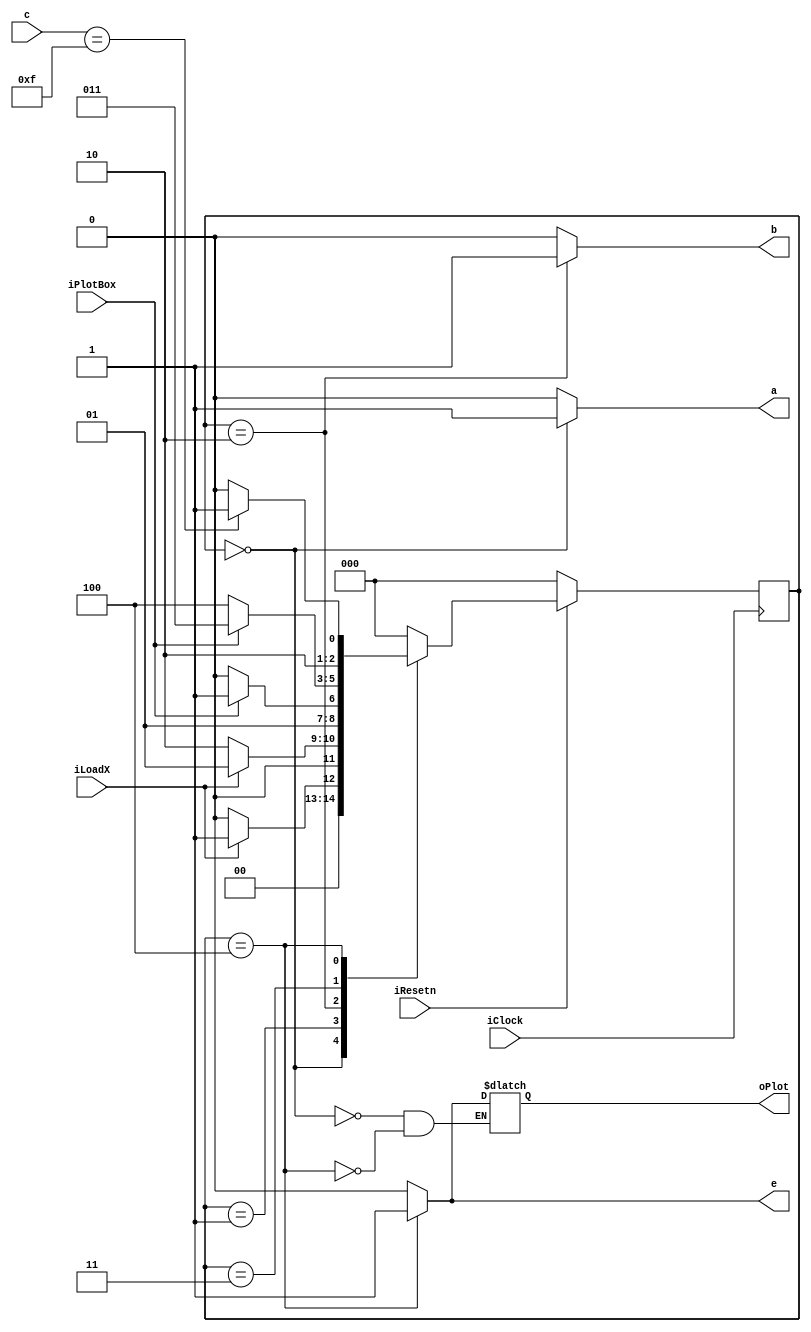

module module_control (iResetn, iClock, iLoadX, iPlotBox, c, a, b, e, oPlot);
	input iResetn;
    input iClock;
    input iLoadX;
    input iPlotBox;
	input [3:0] c;
	reg [2:0] current_state, next_state;
	output reg a, b, e, oPlot;

	localparam S_L_X = 3'd0,
				  S_L_X_W = 3'd1,
				  S_L_Y = 3'd2,
				  S_L_Y_W = 3'd3,
				  S_D = 3'd4,
				  S_D_W = 3'd5;
				  
	always@(posedge iClock)
	begin
		if(!iResetn)
			current_state <= S_L_X;
		else 
			current_state <= next_state;
	end
	
	always@(*)
		begin		
			a = 0;
			b = 0;
			e = 0;
			case(current_state)
				S_L_X:
				begin
					a = 1'd1;
					oPlot = 0;
				end
				S_L_Y: b = 1'd1;
				S_D: begin
					e = 1'd1;
					oPlot = 1'd1;
				end
			endcase
		end
				  
	always@(*)
		begin
			case(current_state)
				S_L_X: next_state = iLoadX ? S_L_X_W : S_L_X; 
				S_L_X_W: next_state = iLoadX ? S_L_X_W : S_L_Y;
				S_L_Y: next_state = iPlotBox ? S_L_Y_W : S_L_Y;
				S_L_Y_W: next_state = iPlotBox ? S_L_Y_W : S_D;
				S_D : begin
					if (c == 4'd15)
						next_state = S_D_W;
					else 
						next_state = S_D;
					end
				S_D_W: next_state = S_L_X;
				default : next_state = S_L_X;
			endcase
		end	
endmodule

module module_datapath (iResetn, iClock, iXY_Coord, iColour, a, b, e, c, oX, oY, oColour);
	input iResetn;
    input iClock;
    input e;
    input a;
    input b;
	
	input [2:0] iColour;
    input [6:0] iXY_Coord;

	reg [2:0] reg_col;
    reg [6:0] y_count;
    reg [7:0] x_count;

	output reg [3:0] c;
	output reg [7:0] oX;
	output reg [6:0] oY;
	output reg [2:0] oColour;

	
	always@(posedge iClock)
	begin
		if (!iResetn)
			c <= 4'b0;
		else if (e)
			c <= c + 1;	
		else if (c == 4'd15)
			c <= 4'd0;
	end
	
	always@(posedge iClock)
		begin 
			if (iResetn==0)
				begin
					oX <= 0;
					oY <= 0;
					oColour <= 0;
				end
			else 
				begin 
					if (a)
						begin
							x_count <= {1'b0, iXY_Coord};
						end
					else if(e)
						begin
							oX <= x_count + c[1:0];
							oY <= y_count + c[3:2];
							oColour <= reg_col;
						end

					else if (b)
						begin
							y_count <= iXY_Coord;
							reg_col <= iColour;
						end
				end
		
			end

endmodule

module part2(iResetn,iPlotBox,iBlack,iColour,iLoadX,iXY_Coord,iClock,oX,oY,oColour,oPlot);
   parameter X_SCREEN_PIXELS = 8'd160;
   parameter Y_SCREEN_PIXELS = 7'd120;
   
   input wire iResetn, iPlotBox, iBlack, iLoadX;
   input wire [2:0] iColour;
   input wire [6:0] iXY_Coord;
   input wire 	iClock;
   output wire [7:0] oX;        
   output wire [6:0] oY;   
   output wire [2:0] oColour;    
   output wire oPlot;       
	
	wire [3:0] c;
    wire a, b, e;

	module_control  c_c(.iResetn(iResetn),.iClock(iClock),.iLoadX(iLoadX),.iPlotBox(iPlotBox),.c(c),.a(a),.b(b),.e(e),.oPlot(oPlot));
	module_datapath d(.iResetn(iResetn), .iClock(iClock), .iXY_Coord(iXY_Coord), .iColour(iColour), .a(a), .b(b), .e(e), .c(c), .oX(oX), .oY(oY), .oColour(oColour));
   
endmodule